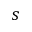
s